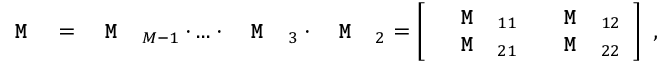
\texttt { \textbf { M } } = \texttt { \textbf { M } } _ { M - 1 } \cdot . . . \cdot \texttt { \textbf { M } } _ { 3 } \cdot \texttt { \textbf { M } } _ { 2 } = \left[ \begin{array} { c c } { \texttt { \textbf { M } } _ { 1 1 } } & { \texttt { \textbf { M } } _ { 1 2 } } \\ { \texttt { \textbf { M } } _ { 2 1 } } & { \texttt { \textbf { M } } _ { 2 2 } } \end{array} \right] \, \, ,